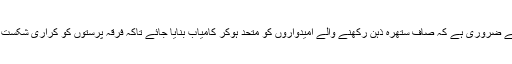
اپنے اور وطن عزیز کے فائدہ کے لیے ضروری ہے کہ صاف ستھرہ ذہن رکھنے والے امیدواروں کو متحد ہوکر کامیاب بنایا جائے تاکہ فرقہ پرستوں کو کراری شکست ہواورملک میں پرسکون ماحول بنے ۔